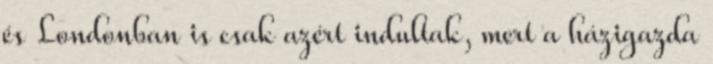
és Londonban is csak azért indultak, mert a házigazda